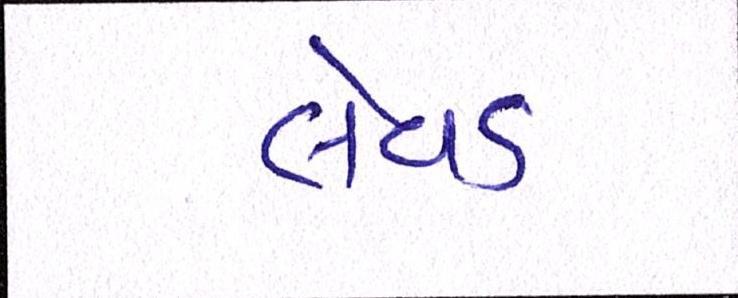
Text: લેવડ